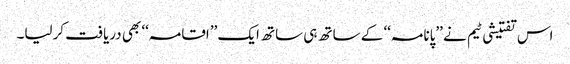
اس تفتیشی ٹیم نے ’’پانامہ‘‘ کے ساتھ ہی ساتھ ایک ’’اقامہ‘‘ بھی دریافت کرلیا۔